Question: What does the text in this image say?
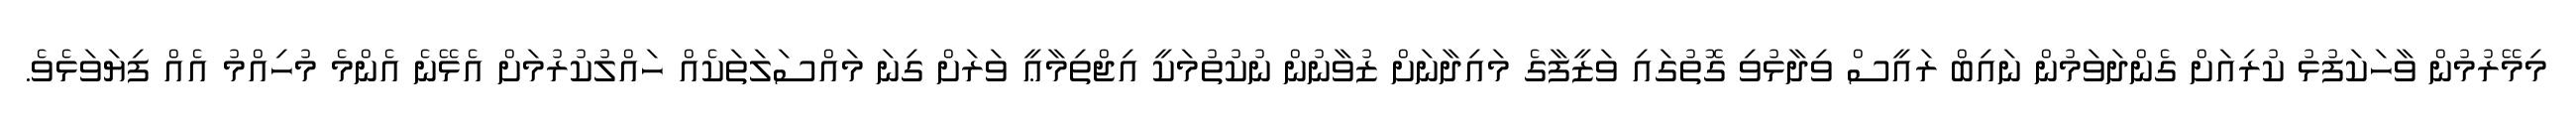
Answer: މިމޭރުމުން ވާހަކަފުޅު ކުރިއަށް ގެންދަވަމުން ނައިބް ރައީސް ވިދާޅުވި ގޮތުގައި ވަޒީފާގެ މައިދާނަށް ޒުވާނުން ނުކުތުމަކީ އިޖްތިމާޢީ ވަރަށް ގިނަ މައްސަލަތަކެއް ހައްލުކުރުމަށް އެޅޭނެ އެންމެ މުހިއްމު އެއް ފިޔަވަޅެވެ.